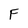
Character: F